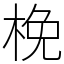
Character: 梚